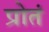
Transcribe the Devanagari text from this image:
प्रोतं